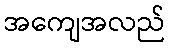
အကျေအလည်